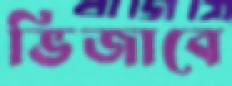
ভিজাবে